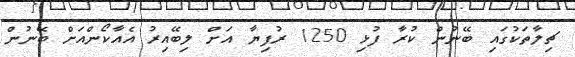
ޗިލާތަކުގައި ބޭނުން ކުރާ ފުޅި 1250 ރުފިޔާ އަށް ލިބޭއިރު އެއާކޯންއަށް ބޭނުން